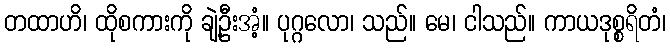
တထာဟိ၊ ထိုစကားကို ချဲ့ဦးအံ့။ ပုဂ္ဂလော၊ သည်။ မေ၊ ငါသည်။ ကာယဒုစ္စရိတံ၊